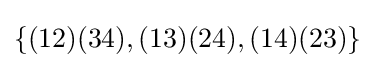
\{(12)(34),(13)(24),(14)(23)\}